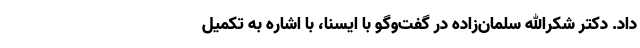
داد. دکتر شکرالله سلمان‌زاده در گفت‌وگو با ایسنا، با اشاره به تکمیل